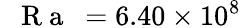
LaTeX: \mathrm{~\textit~{~R~a~}~}=6.40\times 10^{8}